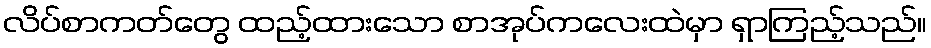
လိပ်စာကတ်တွေ ထည့်ထားသော စာအုပ်ကလေးထဲမှာ ရှာကြည့်သည်။